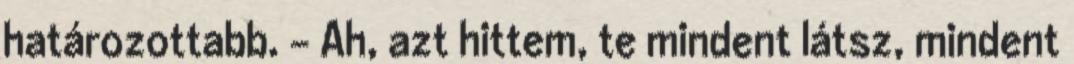
határozottabb. - Ah, azt hittem, te mindent látsz, mindent